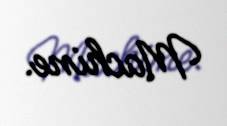
Machine.